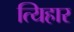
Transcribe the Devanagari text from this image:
त्यिहार